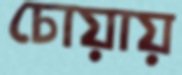
চোয়ায়